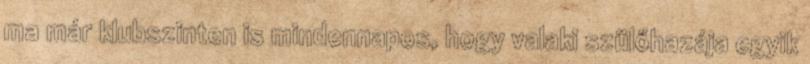
ma már klubszinten is mindennapos, hogy valaki szülőhazája egyik